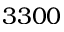
3 3 0 0